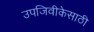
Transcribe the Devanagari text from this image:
उपजिवीकेसाठी